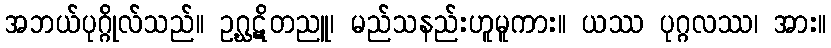
အဘယ်ပုဂ္ဂိုလ်သည်။ ဥဂ္ဃဋိတညူ၊ မည်သနည်းဟူမူကား။ ယဿ ပုဂ္ဂလဿ၊ အား။